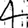
Digit: 4